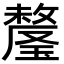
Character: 𬎕